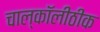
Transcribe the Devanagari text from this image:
चाल्कॉलीठीक